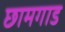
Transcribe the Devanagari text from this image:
छामगाड